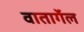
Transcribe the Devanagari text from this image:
वातार्गेल